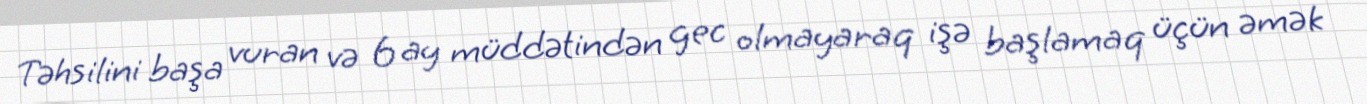
Təhsilini başa vuran və 6 ay müddətindən gec olmayaraq işə başlamaq üçün əmək